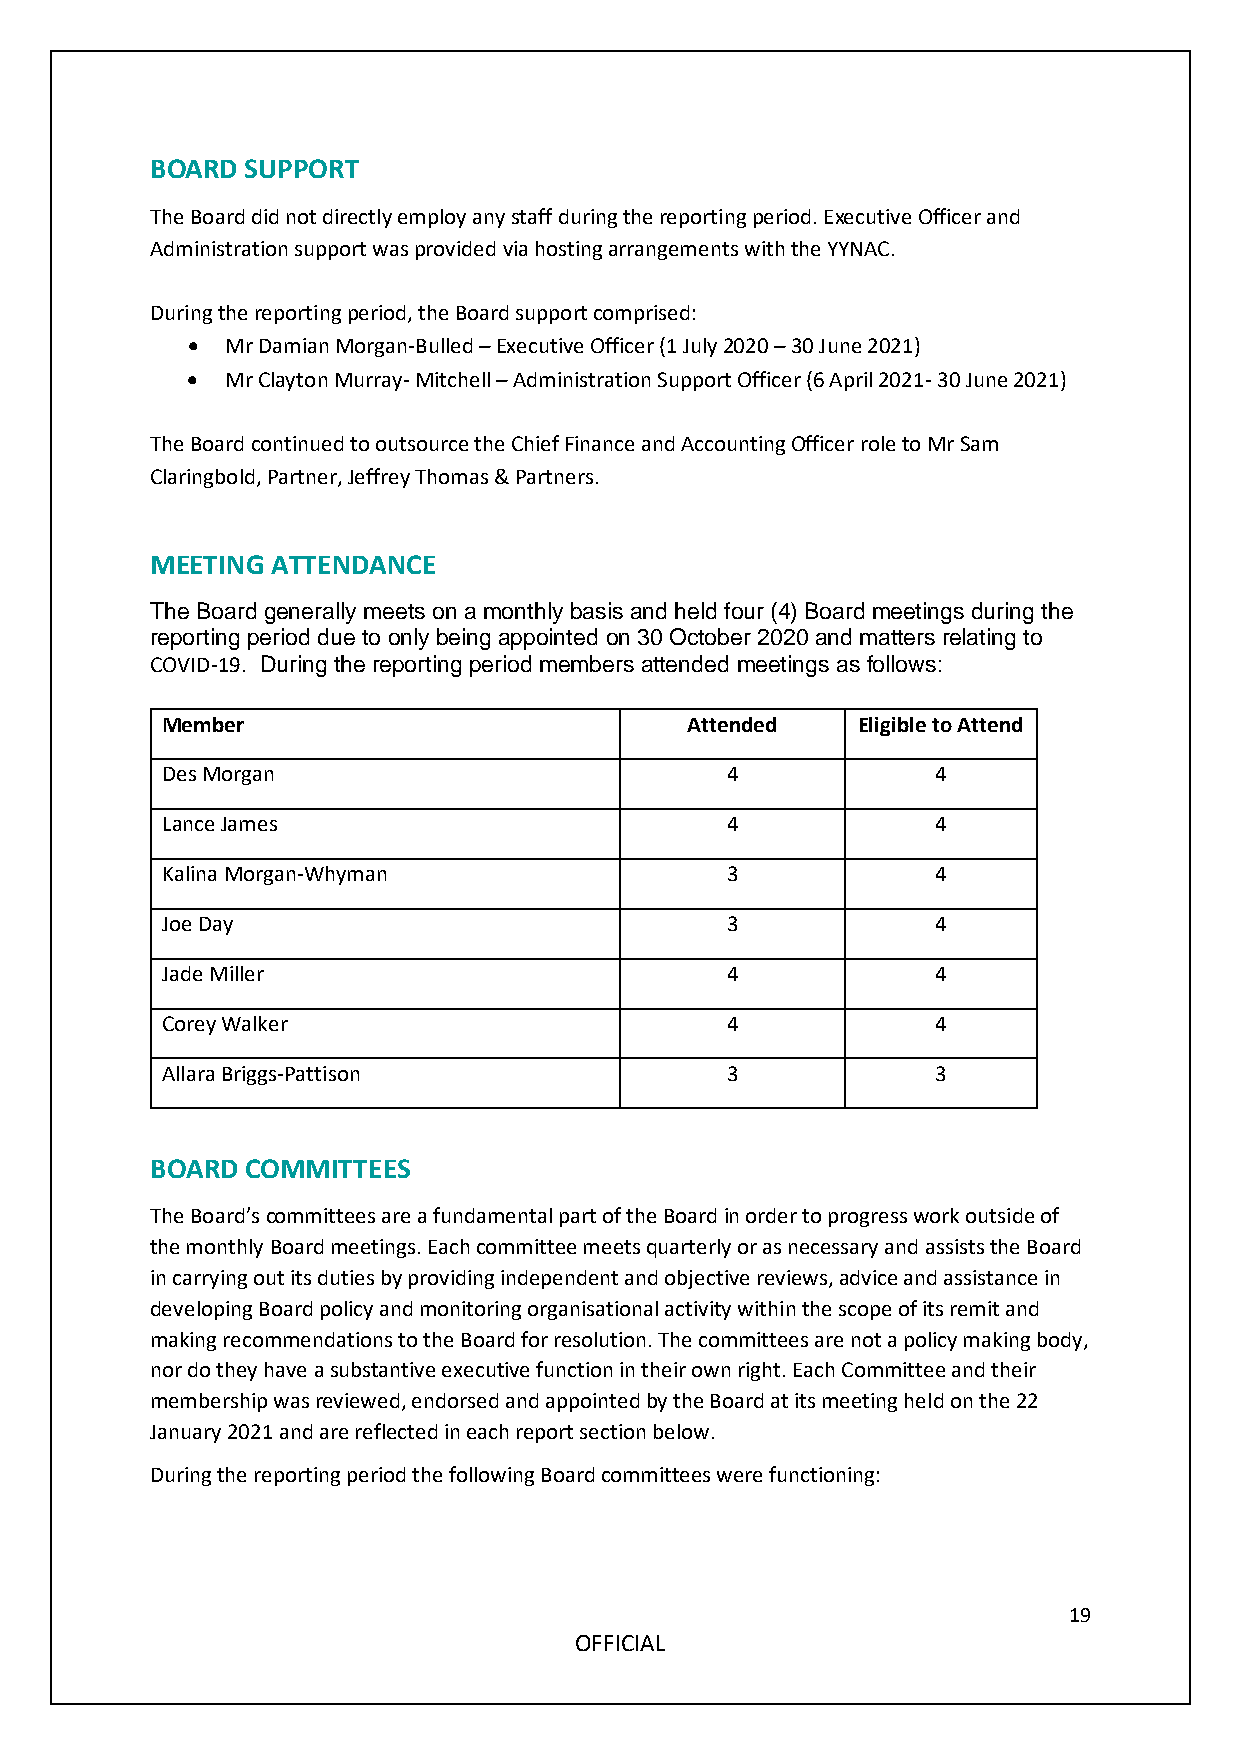
BOARD SUPPORT
 The Board did not directly employ any staff during the reporting period. Executive Officer and
 Administration support was provided via hosting arrangements with the YYNAC.
 During the reporting period, the Board support comprised:
 •  Mr Damian Morgan-Bulled – Executive Officer (1 July 2020 – 30 June 2021)
 •  Mr Clayton Murray- Mitchell – Administration Support Officer (6 April 2021- 30 June 2021)
 The Board continued to outsource the Chief Finance and Accounting Officer role to Mr Sam
 Claringbold, Partner, Jeffrey Thomas & Partners.
 MEETING ATTENDANCE
 The Board generally meets on a monthly basis and held four (4) Board meetings during the
 reporting period due to only being appointed on 30 October 2020 and matters relating to
 COVID-19. During the reporting period members attended meetings as follows:
 Member                            Attended    Eligible to Attend
 Des Morgan                           4             4
 Lance James                          4             4
 Kalina Morgan-Whyman                 3             4
 Joe Day                              3             4
 Jade Miller                          4             4
 Corey Walker                         4             4
 Allara Briggs-Pattison               3             3
 BOARD COMMITTEES
 The Board’s committees are a fundamental part of the Board in order to progress work outside of
 the monthly Board meetings. Each committee meets quarterly or as necessary and assists the Board
 in carrying out its duties by providing independent and objective reviews, advice and assistance in
 developing Board policy and monitoring organisational activity within the scope of its remit and
 making recommendations to the Board for resolution. The committees are not a policy making body,
 nor do they have a substantive executive function in their own right. Each Committee and their
 membership was reviewed, endorsed and appointed by the Board at its meeting held on the 22
 January 2021 and are reflected in each report section below.
 During the reporting period the following Board committees were functioning:
 19
 OFFICIAL